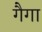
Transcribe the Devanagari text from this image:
गैगा